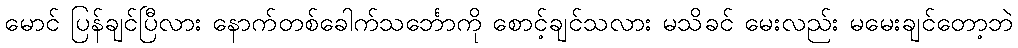
မောင် ပြန်ချင်ပြီလား နောက်တစ်ခေါက်သင်္ဘောကို စောင့်ချင်သလား မသိခင် မေးလည်း မမေးချင်တော့ဘဲ